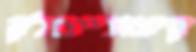
קיצונייםלק